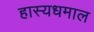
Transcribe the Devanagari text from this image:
हास्यधमाल